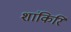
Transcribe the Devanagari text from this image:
शांकिरि